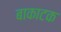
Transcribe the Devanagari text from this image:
बाकाटक